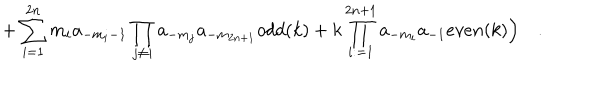
LaTeX: + \sum _ { i = 1 } ^ { 2 n } m _ { i } a _ { - m _ { i } - 1 } \prod _ { j \neq i } a _ { - m _ { j } } a _ { - m _ { 2 n + 1 } } o d d ( k ) + k \prod _ { i : = 1 } ^ { 2 n + 1 } a _ { - m _ { i } } a _ { - 1 } e v e n ( k ) \Bigr ) \quad .